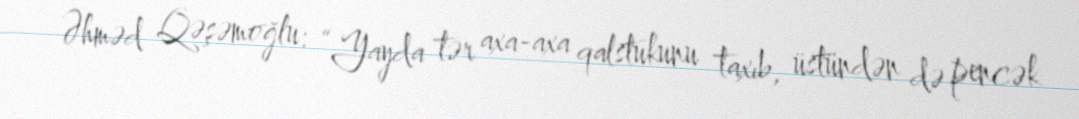
Əhməd Qəşəmoğlu: “Yayda tər axa-axa qalstukunu taxıb, üstündən də pencək